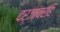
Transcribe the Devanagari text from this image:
दर्जांवरहि